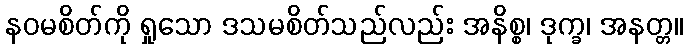
နဝမစိတ်ကို ရှုသော ဒသမစိတ်သည်လည်း အနိစ္စ၊ ဒုက္ခ၊ အနတ္တ။